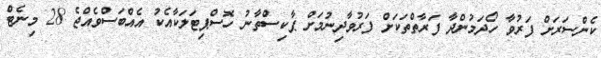
ކެންސަރަށް ފަރުވާ ހޯދަމުންދާ ފަރާތްތަކަށް ފަރުވާދިނުމަށް ޕާކިސްތާނު ހޮސްޕިޓަލަކާއެކު އެއްބަސްވެއްޖެ 28 މިނެޓް